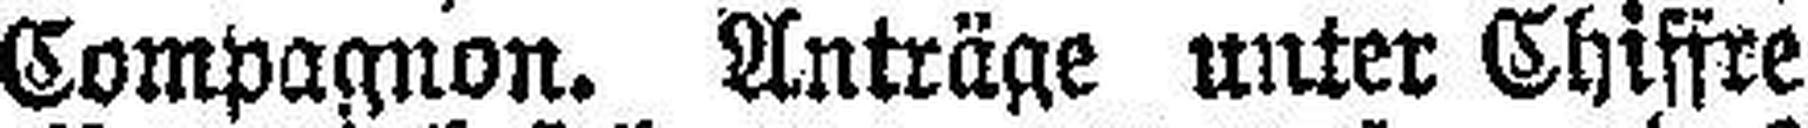
Compagnon. Anträge unter Chiffre